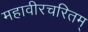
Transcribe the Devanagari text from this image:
महावीरचरितम्